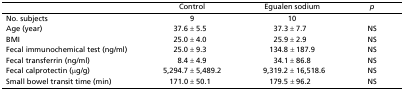
|  | Control | Egualen sodium | p |
 | --- | --- | --- | --- |
 | No. subjects | 9 | 10 |  |
 | Age (year) | 37.6 ± 5.5 | 37.3 ± 7.7 | NS |
 | BMI | 25.0 ± 4.0 | 25.9 ± 2.9 | NS |
 | Fecal immunochemical test (ng/ml) | 25.0 ± 9.3 | 134.8 ± 187.9 | NS |
 | Fecal transferrin (ng/ml) | 8.4 ± 4.9 | 34.1 ± 86.8 | NS |
 | Fecal calprotectin (μg/g) | 5,294.7 ± 5,489.2 | 9,319.2 ± 16,518.6 | NS |
 | Small bowel transit time (min) | 171.0 ± 50.1 | 179.5 ± 96.2 | NS |